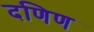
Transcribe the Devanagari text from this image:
दणिण